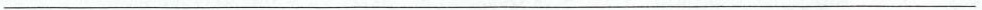
___